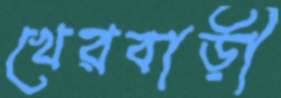
খেরবাড়ী